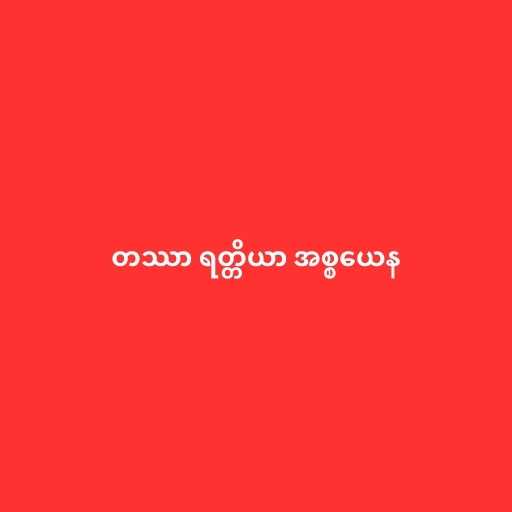
တဿာ ရတ္တိယာ အစ္စယေန